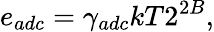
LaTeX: e_{adc}=\gamma_{adc}kT2^{2B},